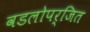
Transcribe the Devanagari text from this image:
वडलोपर्जित